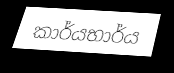
කාර්යභාර්ය